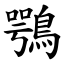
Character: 鶚